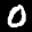
Label: 0